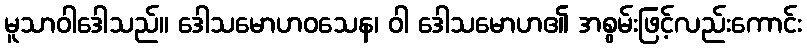
မူသာဝါဒေါသည်။ ဒေါသမောဟဝသေန၊ ဝါ ဒေါသမောဟ၏ အစွမ်းဖြင့်လည်းကောင်း